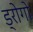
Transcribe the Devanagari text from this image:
ड्रोगो